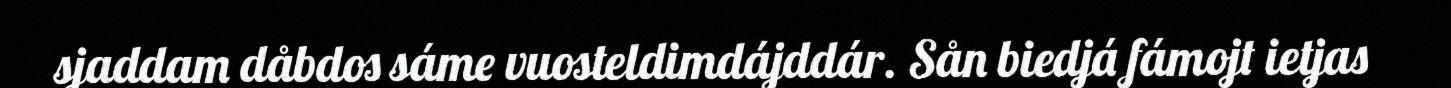
sjaddam dåbdos sáme vuosteldimdájddár. Sån biedjá fámojt ietjas